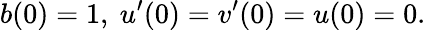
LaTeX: b(0)=1,~u^{\prime}(0)=v^{\prime}(0)=u(0)=0.